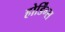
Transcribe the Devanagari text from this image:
होर्डिंग्स